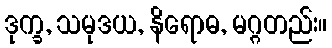
ဒုက္ခ, သမုဒယ, နိရောဓ, မဂ္ဂတည်း။